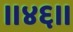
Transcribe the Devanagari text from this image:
।।४६।।